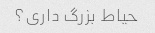
حیاط بزرگ داری؟